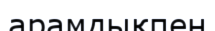
арамдықпен